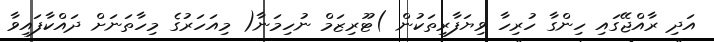
އަދި ރާއްޖޭގައި ހިންގާ ހުރިހާ ވިޔަފާރިތަކުން )ޓޫރިޒަމް ނުހިމަނާ( މިއަހަރުގެ މިހާތަނަށް ދައްކާފައިވާ